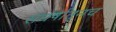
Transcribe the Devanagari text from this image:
संघर्षातूनच